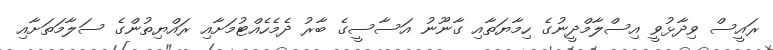
ރައީސް ވިދާޅުވީ އިސްލާމްދީނުގެ ހިމާޔަތާއި ގާނޫނު އަސާސީގެ ބާރު ދެމެހެއްޓުމަށާއި ރައްޔިތުންގެ ސަލާމަތަށާއި